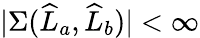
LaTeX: |\Sigma(\widehat{L}_{a},\widehat{L}_{b})|<\infty